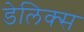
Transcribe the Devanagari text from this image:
डेलिक्स